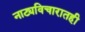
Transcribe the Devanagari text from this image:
नाट्यविचारातही